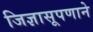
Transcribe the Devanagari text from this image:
जिज्ञासूपणाने